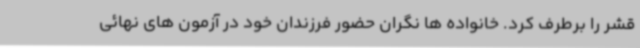
قشر را برطرف کرد. خانواده ها نگران حضور فرزندان خود در آزمون های نهائی